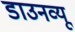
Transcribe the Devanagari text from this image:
डाउनव्यू